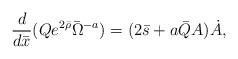
LaTeX: \begin{align*}\frac{d}{d\bar{x}} ( Q e^{2\bar{\rho}} \bar{\Omega}^{-a} ) = ( 2 \bar{s} + a \bar{Q} A ) \dot{A} ,\end{align*}